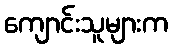
ကျောင်းသူများက